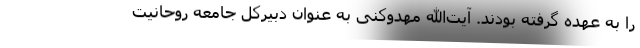
را به عهده گرفته بودند. آیت‌الله مهدوکنی به عنوان دبیرکل جامعه روحانیت